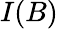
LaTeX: I(B)